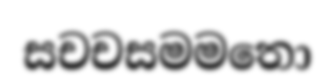
සචචසමමතො